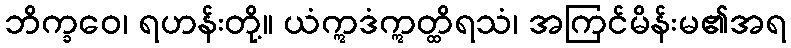
ဘိက္ခဝေ၊ ရဟန်းတို့။ ယံဣဒံဣတ္ထိရသံ၊ အကြင်မိန်းမ၏အရ